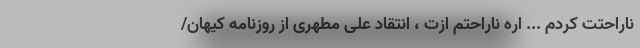
ناراحتت کردم ... اره ناراحتم ازت ، انتقاد علی مطهری از روزنامه کیهان/